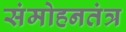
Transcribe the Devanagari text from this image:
संमोहनतंत्र